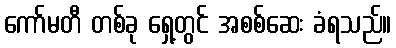
ကော်မတီ တစ်ခု ရှေ့တွင် အစစ်ဆေး ခံရသည်။